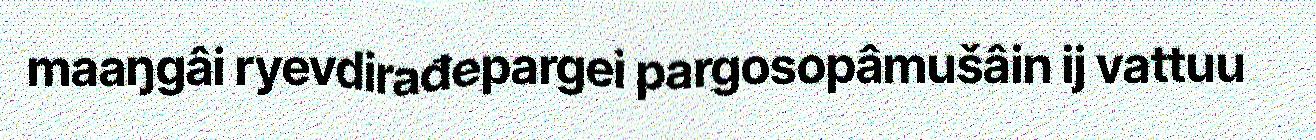
maaŋgâi ryevdirađepargei pargosopâmušâin ij vattuu